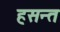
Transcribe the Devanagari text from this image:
हसन्त